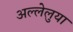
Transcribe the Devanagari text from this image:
अल्लेलुया